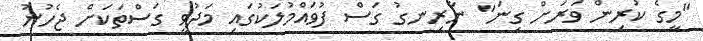
"މީގެ ކުރިން ވަރަށް ގިނަ" ނާރިނގު ގަސް ފުވައްމުލަކުގައި މަދުވީ ގަސްތަކަށް ޖެހުނު